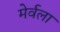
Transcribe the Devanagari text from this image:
मेर्वला